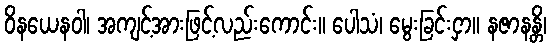
ဝိနယေနဝါ၊ အကျင့်အားဖြင့်လည်းကောင်း။ ပေါသံ၊ မွေးခြင်းငှာ။ နဇာနန္တိ၊